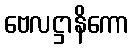
ဗေလဋ္ဌာနိကော